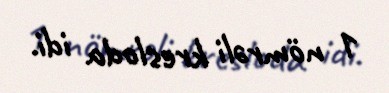
1 nömrəli kresloda idi.